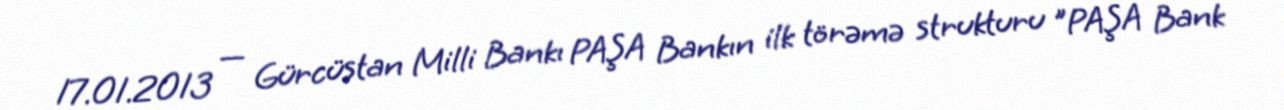
17.01.2013 — Gürcüstan Milli Bankı PAŞA Bankın ilk törəmə strukturu "PAŞA Bank